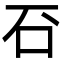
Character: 䂖